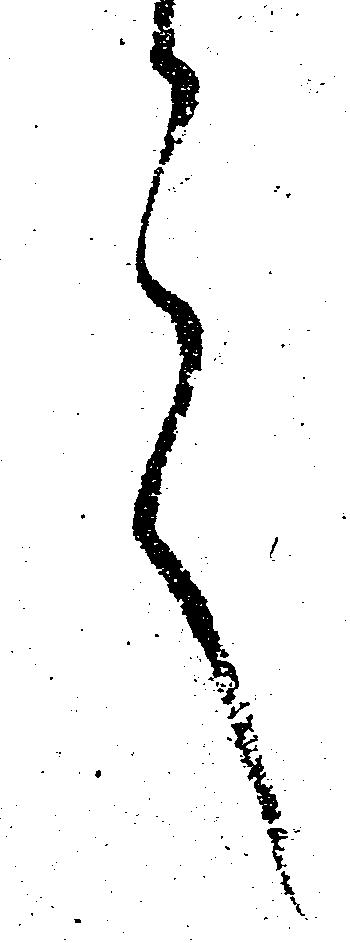
言